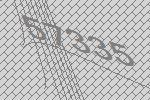
57335